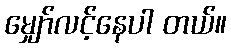
မျှော်လင့်နေပါ တယ်။